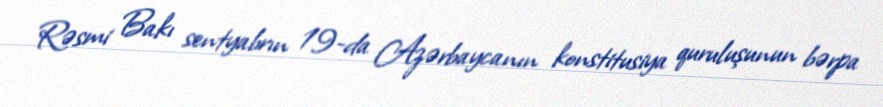
Rəsmi Bakı sentyabrın 19-da Azərbaycanın konstitusiya quruluşunun bərpa